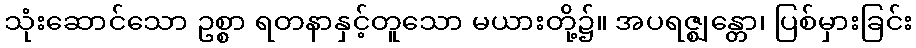
သုံးဆောင်သော ဥစ္စာ ရတနာနှင့်တူသော မယားတို့၌။ အပရဇ္ဈန္တော၊ ပြစ်မှားခြင်း